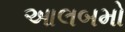
આલબમો